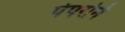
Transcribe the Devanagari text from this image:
पेपरोने